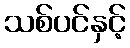
သစ်ပင်နှင့်